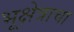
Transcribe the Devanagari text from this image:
भूक्षेत्राचा